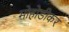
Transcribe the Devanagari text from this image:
मोहोडीकर